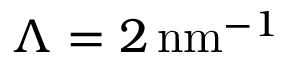
\Lambda = 2 \mathrm { \, n m } ^ { - 1 }